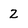
Character: 2